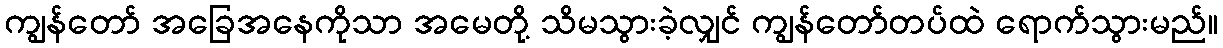
ကျွန်တော် အခြေအနေကိုသာ အမေတို့ သိမသွားခဲ့လျှင် ကျွန်တော်တပ်ထဲ ရောက်သွားမည်။